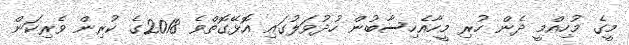
މީގެ މުހިއްމީ ދެން ހުރި މީހާއެހިސާބުން ހުދުވަލުގައި އޮޅޭގޮތްވެ 2018ގެ ކުރިން ވެރިކަން